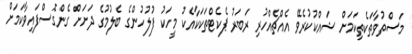
މަސްތުވާތަކެތިކަމަށް ޝައްކުކުރެވޭ އެއްޗެއްހުރި ރަބަރު ޕެކެޓްތަކަކާއެކު މީހަކު ފުލުހުންގެ ބެލުމުގެ ދަށަށް ގެންގޮސްފައިވާކަމަށް